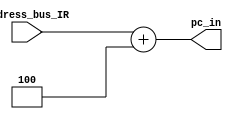
`timescale 1ns / 1ps
//////////////////////////////////////////////////////////////////////////////////
module PC_incrementer(address_bus_IR, pc_in);
    input [31:0] address_bus_IR;
    output [31:0] pc_in;
    
    assign pc_in = address_bus_IR + 4;
    
endmodule